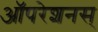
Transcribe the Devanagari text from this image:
ऑपरेशनस्